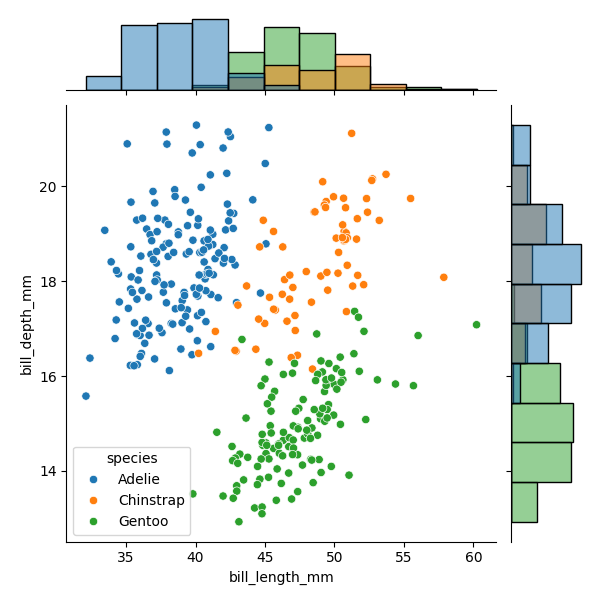
python, seaborn, JointGrid, scatterplot, histplot, hue